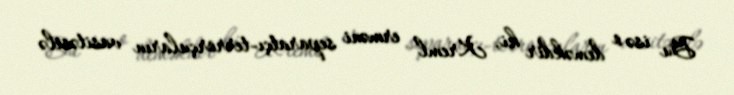
Bu isə o deməkdir ki, Kreml erməni separatçı-terrorçuların vasitəsilə